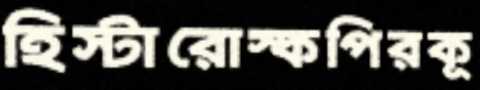
হিস্টারোস্কপিরকূ